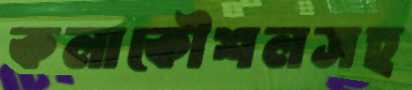
কলাকৌশলসহ